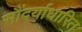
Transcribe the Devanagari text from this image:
सौंदर्याधारित